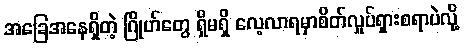
အခြေအနေရှိတဲ့ ဂြိုဟ်တွေ ရှိမရှိ လေ့လာရမှာစိတ်လှုပ်ရှားစရာပဲလို့